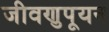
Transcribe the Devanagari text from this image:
जीवणुपूयन